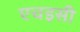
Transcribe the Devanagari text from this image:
एचइसी